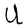
Character: U